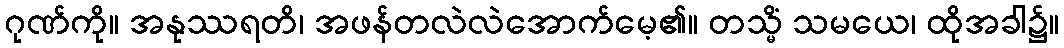
ဂုဏ်ကို။ အနုဿရတိ၊ အဖန်တလဲလဲအောက်မေ့၏။ တသ္မိံ သမယေ၊ ထိုအခါ၌။